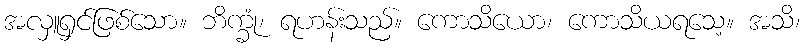
အလှူရှင်ဖြစ်သော။ ဘိက္ခုံ၊ ရဟန်းသည်။ ကောသိယော၊ ကောသိယရသေ့။ အသိ၊